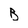
Character: b